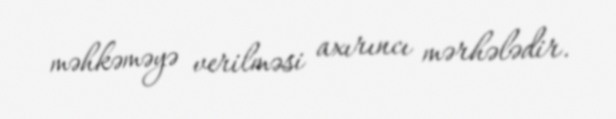
məhkəməyə verilməsi axırıncı mərhələdir.